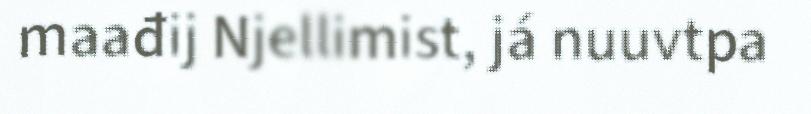
maađij Njellimist, já nuuvtpa